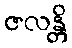
ဇလန္တိ